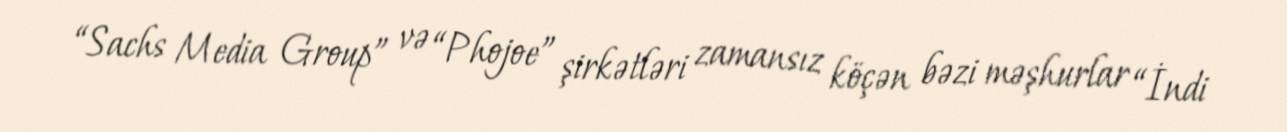
“Sachs Media Group” və “Phojoe” şirkətləri zamansız köçən bəzi məşhurlar “İndi